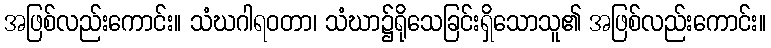
အဖြစ်လည်းကောင်း။ သံဃဂါရဝတာ၊ သံဃာ၌ရိုသေခြင်းရှိသောသူ၏ အဖြစ်လည်းကောင်း။